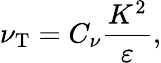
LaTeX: \nu_{\textrm{T}}=C_{\nu}\frac{K^{2}}{\varepsilon},